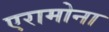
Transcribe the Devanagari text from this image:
एरामोना